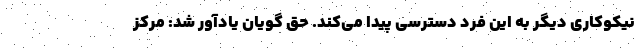
نیکوکاری دیگر به این فرد دسترسی پیدا می‌کند. حق گویان یادآور شد: مرکز